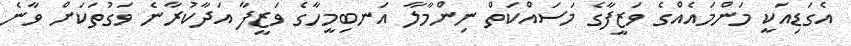
އެގަޑިއަކީ މަންމައެއްގެ ވަޒީފާގެ މަސައްކަތް ނިންމާލާ އަނބިމީހާގެ ވަޒީފާ އަދާކުރާނެ ވަގުތަކަށް ވާނެ